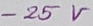
Text: -25V